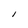
Character: I